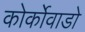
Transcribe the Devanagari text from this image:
कोर्कोवाडो